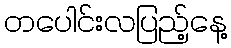
တပေါင်းလပြည့်နေ့